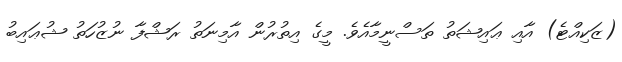
(ޒަކިއްޓެ) އާއި ޢައިޝަތު ތަސްނީމާއެވެ. މީގެ އިތުރުން އާމިނަތު ރަޝްފާ ނުޒުހަތު ޝުޢައިބު